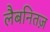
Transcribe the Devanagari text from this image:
लैबनितज़